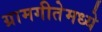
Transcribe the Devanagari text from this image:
ग्रामगीतेमध्ये